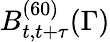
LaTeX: B_{t,t+\tau}^{(60)}(\Gamma)